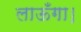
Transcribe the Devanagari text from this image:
लाऊँगा।